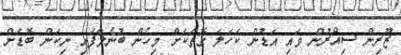
ޒޫރިން ސިއްރުން ވައި އަޑުން ކަހަލަ ގޮތަކަށް މިހެން ބުނެލާފައި ނިކަން ބޮޑަށް